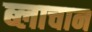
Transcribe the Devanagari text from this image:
ब्लाचान